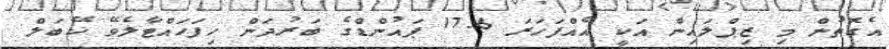
އެގޮތުން މި ޒިޕްލައިން އަކީ އެއްފަހަރަ 17.6 ޕައުންޑްގެ ބަރުދަން ހިފަހައްޓާލެވޭ ކޭބަލް